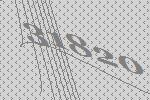
31820